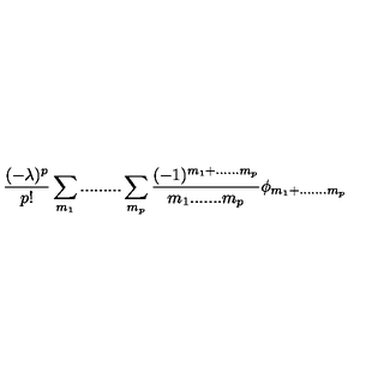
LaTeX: \frac { ( - \lambda ) ^ { p } } { p ! } \sum _ { m _ { 1 } } . . . . . . . . . \sum _ { m _ { p } } \frac { ( - 1 ) ^ { m _ { 1 } + . . . . . . m _ { p } } } { m _ { 1 } . . . . . . . m _ { p } } \phi _ { m _ { 1 } + . . . . . . . m _ { p } }